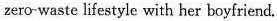
zero-waste lifestyle with her boyfriend.